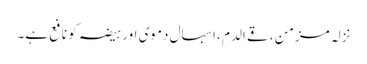
نزلہ مزمن، قے الدم ، اسہال دموی اور ہیضہ کو نافع ہے۔